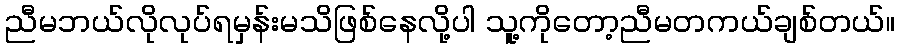
ညီမဘယ်လိုလုပ်ရမှန်းမသိဖြစ်နေလို့ပါ သူ့ကိုတော့ညီမတကယ်ချစ်တယ်။